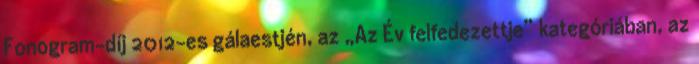
Fonogram-díj 2012-es gálaestjén, az „Az Év felfedezettje” kategóriában, az